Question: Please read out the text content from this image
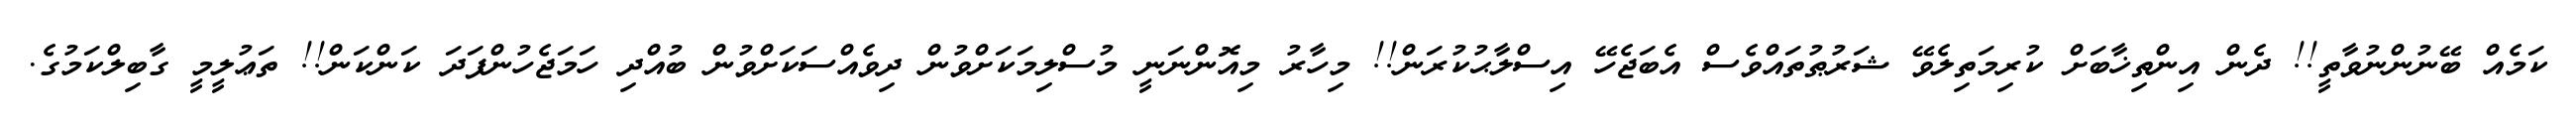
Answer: ކަމެއް ބޭނުންނުވާތީ!! ދެން އިންތިޚާބަށް ކުރިމަތިލެވޭ ޝަރުޠުތައްވެސް އެބަޖެހޭ އިސްލާޙުކުރަން!! މިހާރު މިއޮންނަނީ މުސްލިމަކަށްވުން ދިވެއްސަކަށްވުން ބުއްދި ހަމަޖެހުންފަދަ ކަންކަން!! ތަޢުލީމީ ގާބިލްކަމުގެ.